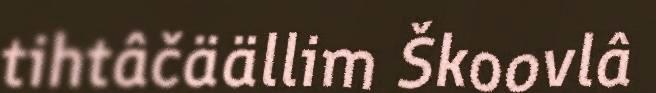
tihtâčäällim Škoovlâ